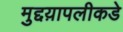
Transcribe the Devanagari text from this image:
मुद्दय़ापलीकडे